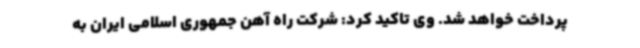
پرداخت خواهد شد. وی تاکید کرد: شرکت راه آهن جمهوری اسلامی ایران به